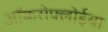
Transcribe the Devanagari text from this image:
ऑकरोफ्लोईया